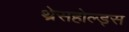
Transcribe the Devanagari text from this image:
थ्रेसहोल्ड्स